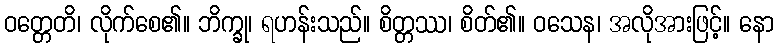
ဝတ္တေတိ၊ လိုက်စေ၏။ ဘိက္ခု၊ ရဟန်းသည်။ စိတ္တဿ၊ စိတ်၏။ ဝသေန၊ အလိုအားဖြင့်။ နော